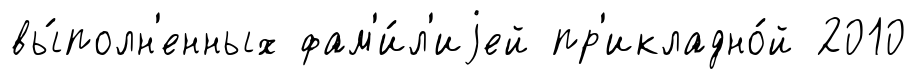
вы́полн'енных фам'и́л'иjей пр'икладно́й 2010